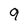
Character: 9